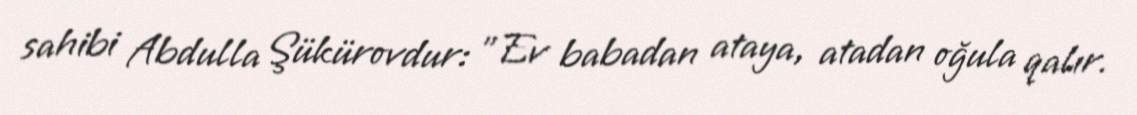
sahibi Abdulla Şükürovdur: "Ev babadan ataya, atadan oğula qalır.